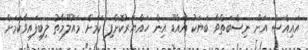
އައިއެސް އަށް ނިސްބަތްވާ ބަޔަކު އައްޑޫ އިން ހައްޔަރުކޮށްފި ކަމަށް މައުލޫމާތު ލިބިފައިވާކަމަށް